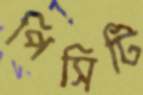
পিসিটি